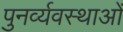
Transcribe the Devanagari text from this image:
पुनर्व्यवस्थाओं